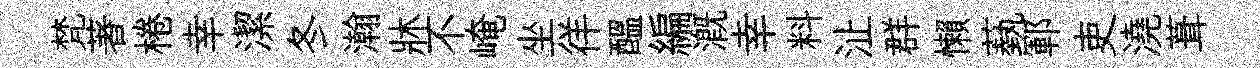
梵著棬幸潔冬瀚牀不崦坐徉醖編溉幸料沚群懶蓺鄆吏澆葺